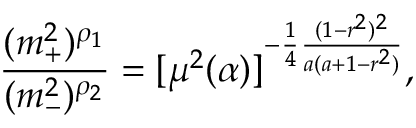
{ \frac { ( m _ { + } ^ { 2 } ) ^ { \rho _ { 1 } } } { ( m _ { - } ^ { 2 } ) ^ { \rho _ { 2 } } } } = [ \mu ^ { 2 } ( \alpha ) ] ^ { - { \frac { 1 } { 4 } } { \frac { ( 1 - r ^ { 2 } ) ^ { 2 } } { a ( a + 1 - r ^ { 2 } ) } } } ,